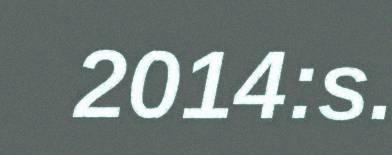
2014:s.